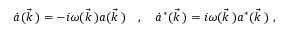
\dot { a } ( \vec { k } \, ) = - i \omega ( \vec { k } \, ) a ( \vec { k } \, ) \ \ \ , \ \ \ \dot { a } ^ { * } ( \vec { k } \, ) = i \omega ( \vec { k } \, ) a ^ { * } ( \vec { k } \, ) \ ,